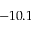
- 1 0 . 1